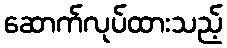
ဆောက်လုပ်ထားသည့်